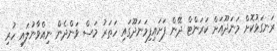
ރަނގަޅުކޮށް މަނަދޫއަށް ކަރަންޓް ދޭން ފަށައިފިމަނަދޫގައި ހަތަރު މަސް ވަންދެން ނިއްވާނުލައި ހުރި